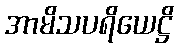
အာမိသပရိယေဋ္ဌိ